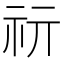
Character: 𥘕